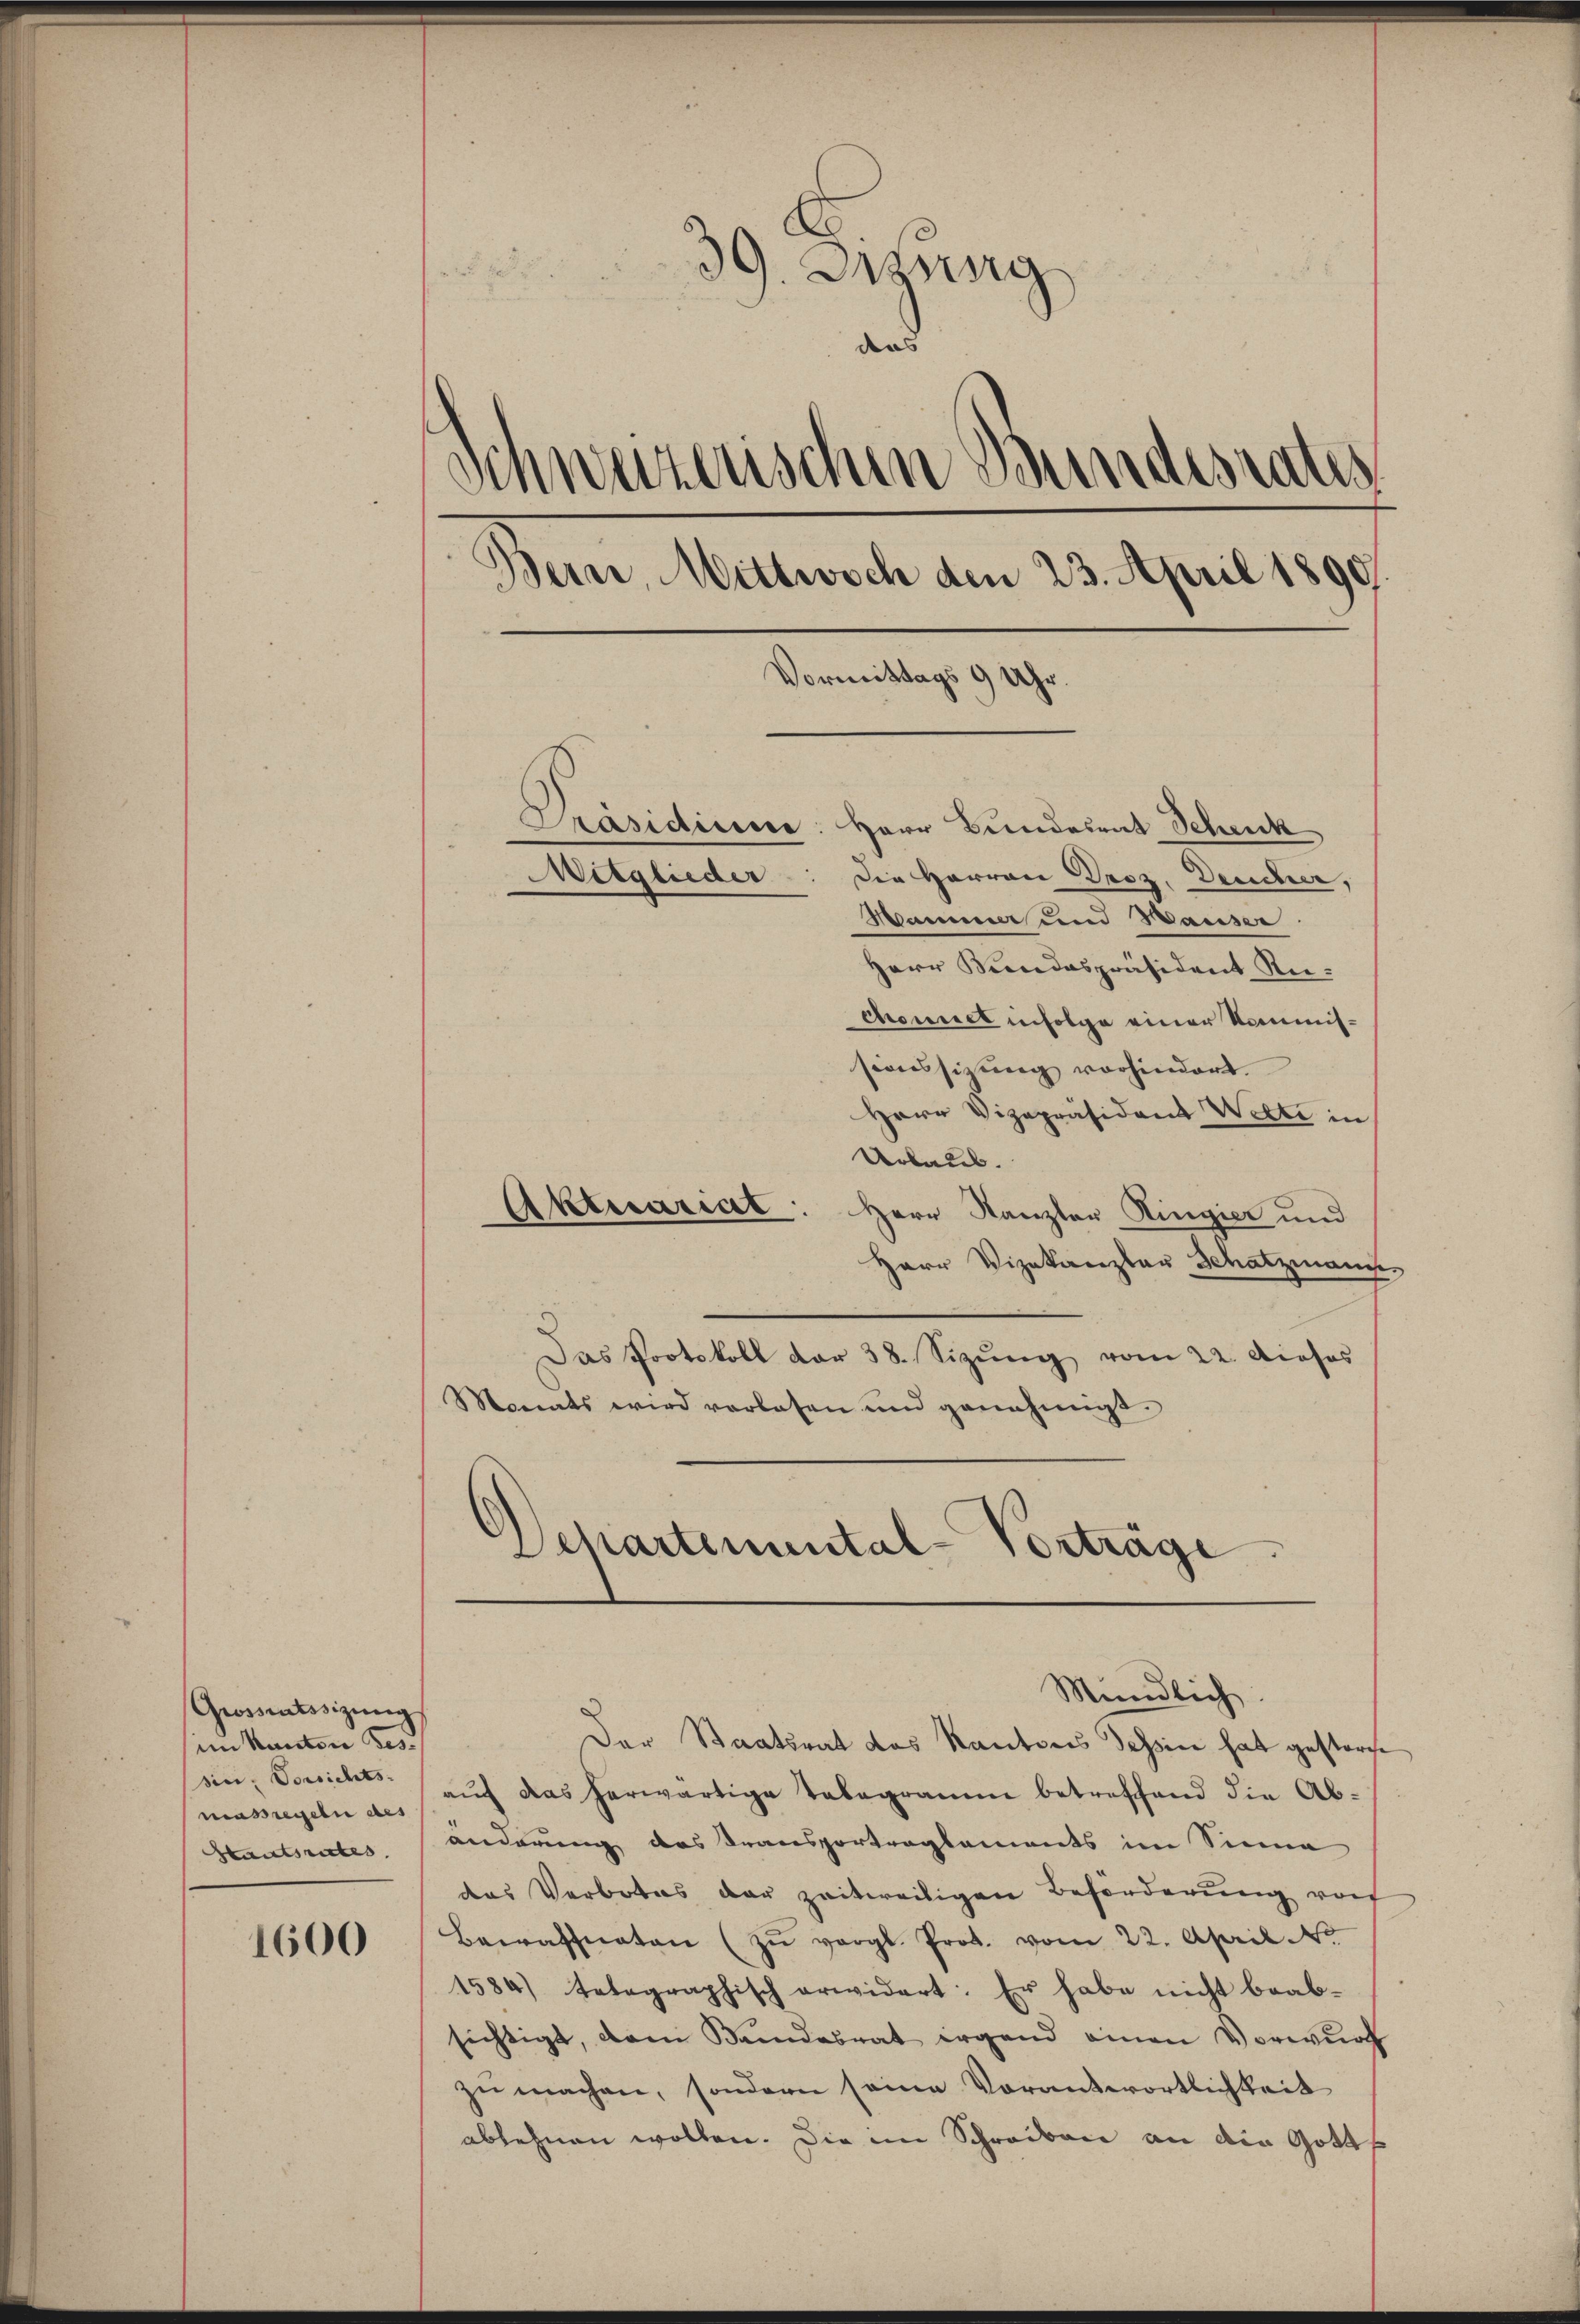
Grossentssizŭng
im Kanton Tes
sin, Vorsichts-
massregeln des
Staatsrates.

1600

39. Jung
and
Schweizerischen Bundesrates
Bern, Mittwoch den 23. April 1890.
Vormittags 9 Uhr.

Präsidieren: Herr Bundesrat Schenk
Die Herren Droz. Deucher,
Hammer und Hauser.
Herr Bundespräsident Rechoniel infolge einer Kommissionssitzŭng vorhindert.
Herr Vizepräsident Wette in
Urbaus.
Aktuariat: Herr Kanzler Ringier und
Herr Vizekanzler Schatzmann,
Das Protokoll der 38. Sizŭng vom 22. Dieses
Monats wird verlesen und genehmigt.
Schartemental-Vorträge.

Mitglieder

Mündlich:

Der Staatsrat des Kantons Schien hat gestorfe
aŭf das herwärtige Tabegramm betreffend die Ab-
änderung das Transportreglements im Siena
das Verbotes der zeitweiligen Beförderung von
Bewaffneten (zŭ vergl. Prot. vom 22. April No
1584) tetagraphisch erwidert: Er habe nicht beab-
sichtigt, dem Bundesrat irgend einen Vorwurf
zu machen, sondern seine Vorantwortlichkeit
ablehnen wollen. Die im Schreiben an die Gott¬